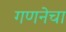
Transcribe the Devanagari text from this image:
गणनेचा